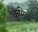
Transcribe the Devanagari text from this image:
कुमिली